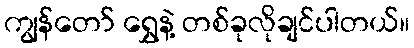
ကျွန်တော် ရွှေနဲ့ တစ်ခုလိုချင်ပါတယ်။